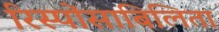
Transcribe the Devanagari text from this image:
रिस्पोंसाबिलिता